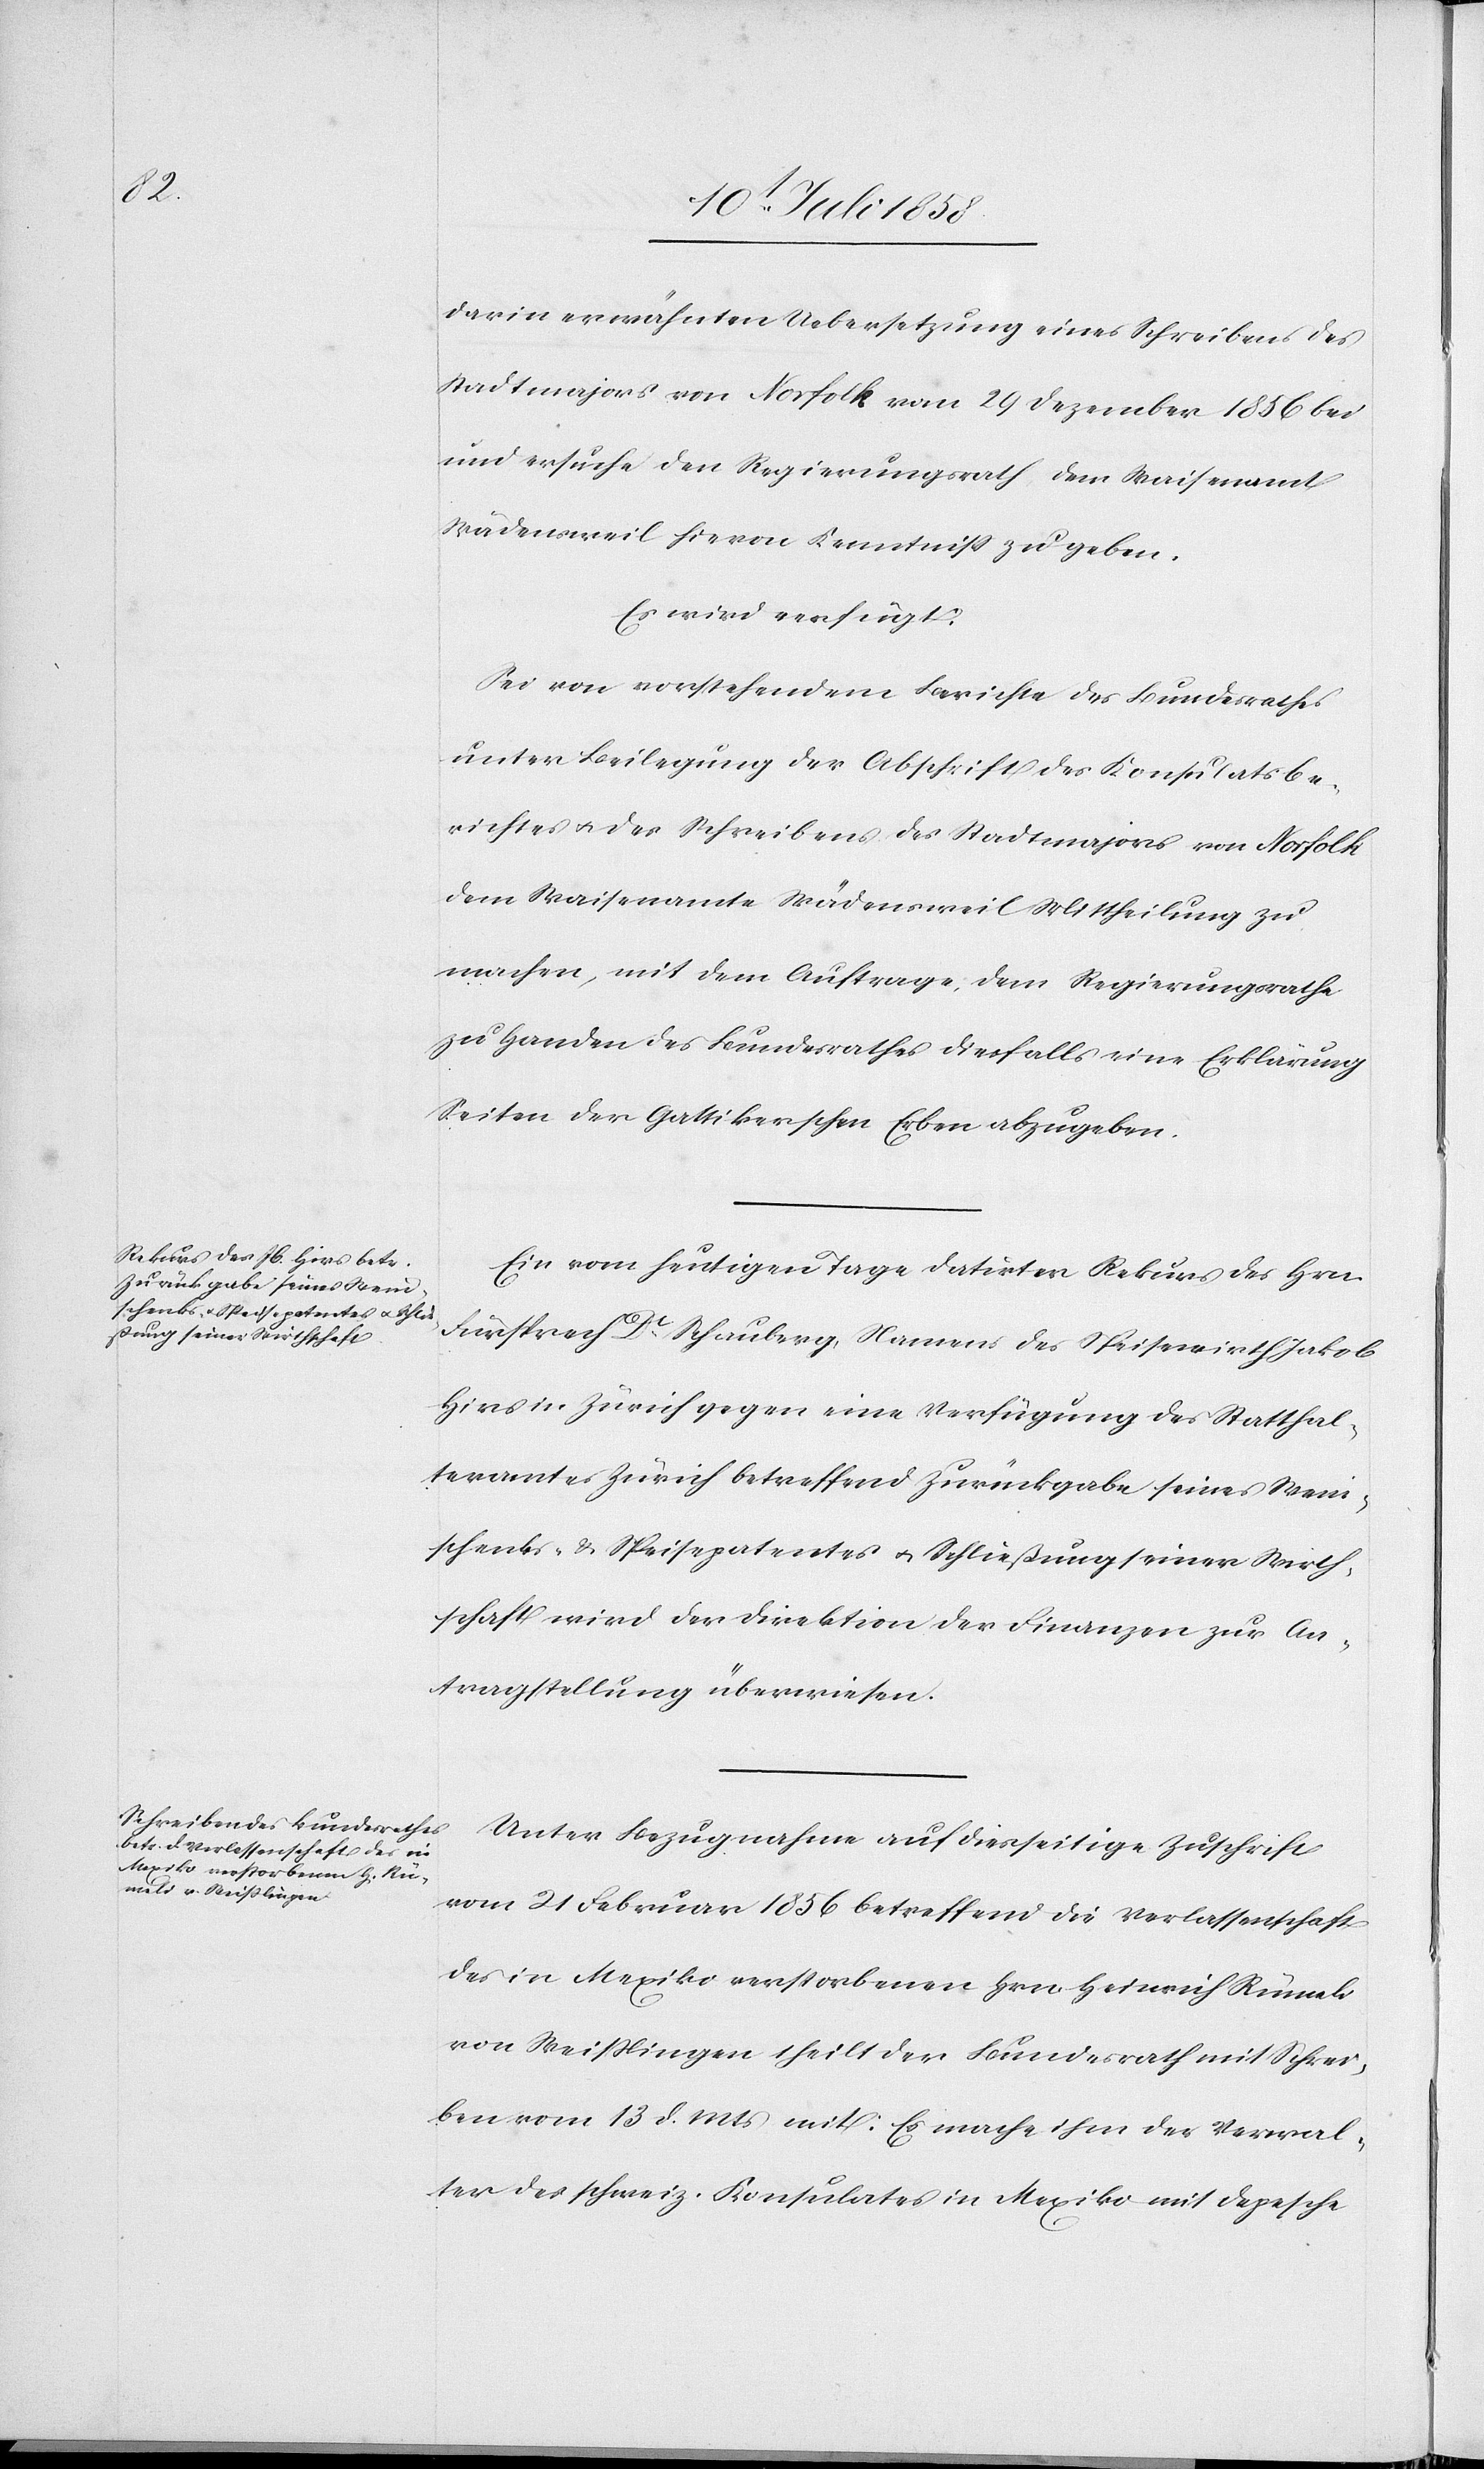
15t. Juli 1858.]
darin erwähnten Uebersetzung eines Schreibens des
Stadtmajors von Norfolk vom 29 Dezember 1856 bei
und ersuche den Regierungsrath, dem Waisenamt
Wädensweil hievon Kenntniss zu geben.
Es wird verfügt:
Sei von vorstehendem Berichte des Bundesrathes
unter Beilegung der Abschrift des Konsulatsbe¬
richtes & des Schreibens des Stadtmajors von Norfolk
dem Waisenamte Wädensweil Mittheilung zu
machen, mit dem Auftrage, dem Regierungsrathe
zu Handen des Bundesrathes diesfalls eine Erklärung
Seiten der Gattikerschen Erben abzugeben.
Ein vom heutigen Tage datirter Rekurs des Hrn.
Fürsprech Dr. Schauberg, Namens des Speisewirth Jakob
Hirs in Zürich gegen eine Verfügung des Statthal¬
teramtes Zürich betreffend Zurückgabe seines Wein¬
schenks- & Speisepatentes & Schließung seiner Wirth¬
schaft wird der Direktion der Finanzen zur An¬
tragstellung überwiesen.
Unter Bezugnahme auf diesseitige Zuschrift
vom 21 Februar 1856 betreffend die Verlassenschaft
des in Mexiko verstorbenen Hrn. Heinrich Rümeli
von Weisslingen theilt der Bundesrath mit Schrei¬
ben vom 13 d. Mts mit: Es mache ihm der Verwal¬
ter des schweiz. Konsulates in Mexiko mit Depesche